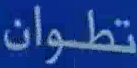
تطوان